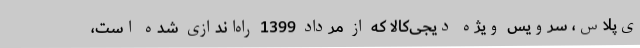
ی‌پلاس، سرویس ویژه دیجی‌کالا که از مرداد 1399 راه‌اندازی شده است،